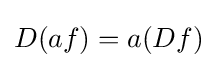
D(af)=a(Df)